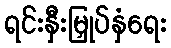
ရင်းနှီးမြှုပ်နှံရေး